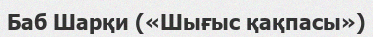
Баб Шарқи («Шығыс қақпасы»)